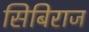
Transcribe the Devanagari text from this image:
सिबिराज